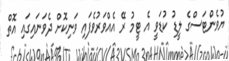
ޔުވެންޓަސްގެ ލީޑު ކުޑަވީ އެ ޓީމު ރޭ އެއްވަރުވެފައި ވަނިކޮށް ދެވަނައިގައި އޮތް